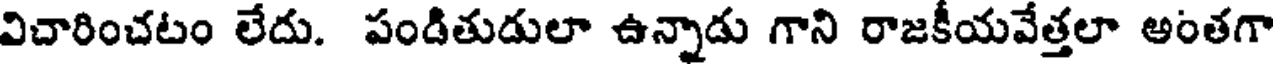
విచారించటం లేదు. పండితుడులా ఉన్నాడు గాని రాజకీయవేత్తలా అంతగా